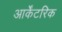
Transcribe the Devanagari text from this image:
आर्केंटरिक